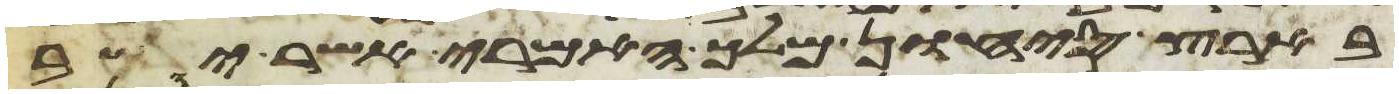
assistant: בארץ סיחון מלך האמרי אשר ישב